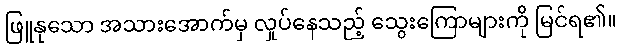
ဖြူနုသော အသားအောက်မှ လှုပ်နေသည့် သွေးကြောများကို မြင်ရ၏။